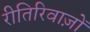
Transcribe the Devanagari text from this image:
रीतिरिवाज़ों